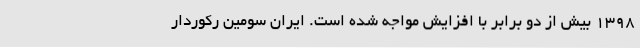
۱۳۹۸ بیش از دو برابر با افزایش مواجه شده است. ایران سومین رکوردار